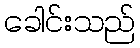
ခေါင်းသည်